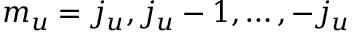
m _ { u } = j _ { u } , j _ { u } - 1 , \ldots , - j _ { u }